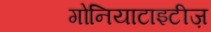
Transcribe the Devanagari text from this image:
गोनियाटाइटीज़